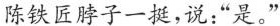
陈铁匠脖子一挺,说:“是。”